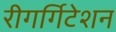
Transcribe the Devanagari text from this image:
रीगर्गिटेशन